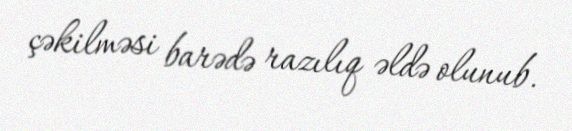
çəkilməsi barədə razılıq əldə olunub.